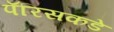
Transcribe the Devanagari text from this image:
पॅरिसकडे